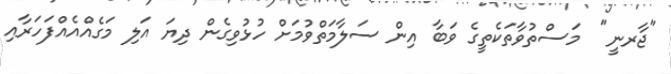
"ޖާރނީ"  މަސްތުވާތަކެތީގެ ވަބާ އިން ސަލާމަތްވުމަށް ހުޅުވިގެން ދިޔަ އަލި މަގެއްއެއްފަހަރާއި